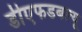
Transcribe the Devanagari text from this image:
डीएफडबल्‍यू